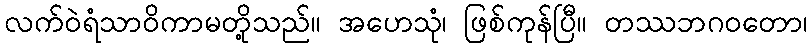
လက်ဝဲရံသာဝိကာမတို့သည်။ အဟေသုံ၊ ဖြစ်ကုန်ပြီ။ တဿဘဂဝတော၊